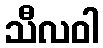
သီလဝါ